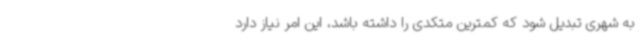
به شهری تبدیل شود که کمترین متکدی را داشته باشد، این امر نیاز دارد